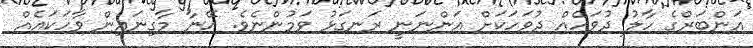
އަންބަރްގެ ހާލު ދުވަހެއް ދުވަހަކަށް އަންނަނީ ރަނގަޅު ވަމުންނެވެ. އޭނާ މާގިނައިން ވާހަކައެއް